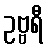
ဥဗ္ဗရီ